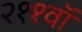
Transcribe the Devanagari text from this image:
२११वॉ